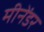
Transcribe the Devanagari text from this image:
मीनेंडर